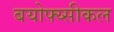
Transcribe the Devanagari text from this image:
बयोफ्य्सीकल